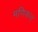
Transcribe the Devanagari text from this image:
मणिकल्